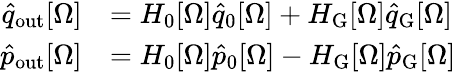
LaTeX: \begin{array}{rl}{\hat{q}_{\mathrm{out}}[\Omega]}&{=H_{0}[\Omega]\hat{q}_{0}[\Omega]+H_{\mathrm{G}}[\Omega]\hat{q}_{\mathrm{G}}[\Omega]}\\ {\hat{p}_{\mathrm{out}}[\Omega]}&{=H_{0}[\Omega]\hat{p}_{0}[\Omega]-H_{\mathrm{G}}[\Omega]\hat{p}_{\mathrm{G}}[\Omega]}\end{array}